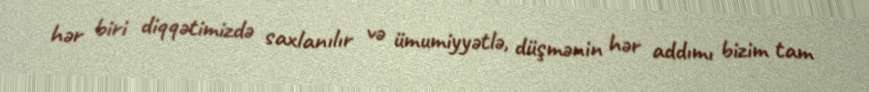
hər biri diqqətimizdə saxlanılır və ümumiyyətlə, düşmənin hər addımı bizim tam